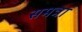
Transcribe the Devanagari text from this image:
समत्रा